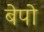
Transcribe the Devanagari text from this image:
बेपो